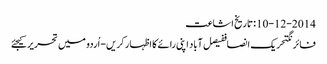
10-12-2014 :تاریخ اشاعت
فائرنگتحریک انصاففیصل آباد اپنی رائے کا اظہار کریں - اُردو میں تحریر کیجئے